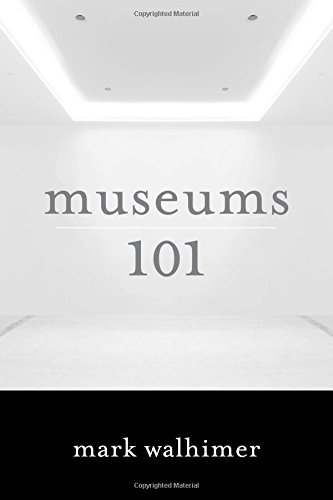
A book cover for Museums 101; Mark Walhimer; Business & Money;